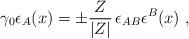
LaTeX: \begin{align*}\gamma_0\epsilon_A (x)=\pm \frac{Z}{|Z|}\,\epsilon_{AB} \epsilon^B(x)\ ,\end{align*}